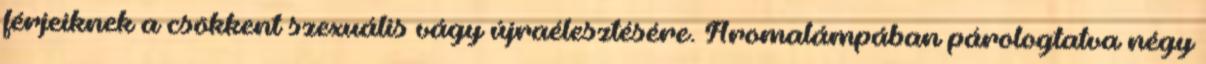
férjeiknek a csökkent szexuális vágy újraélesztésére. Aromalámpában párologtatva négy